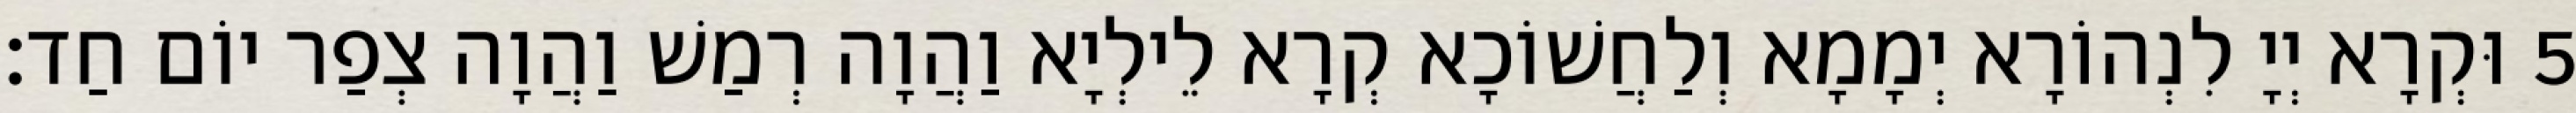
5 וּקְרָא יְיָ לִנְהוֹרָא יְמָמָא וְלַחֲשׁוֹכָא קְרָא לֵילְיָא וַהֲוָה רְמַשׁ וַהֲוָה צְפַר יוֹם חַד׃